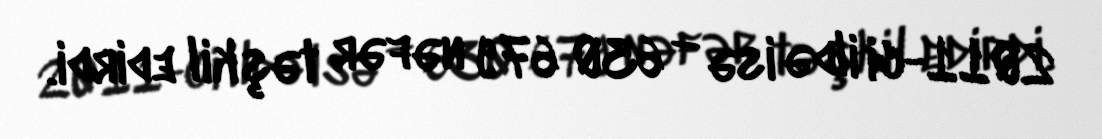
2011-ci ildə isə — 630 679 nəfər təşkil edirdi.